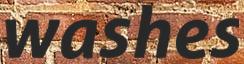
washes